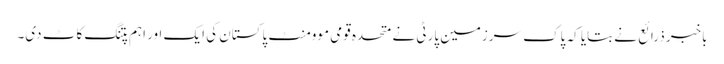
باخبر ذرائع نے بتایا کہ پاک سرزمین پارٹی نے متحدہ قومی موومنٹ پاکستان کی ایک اور اہم پتنگ کاٹ دی۔